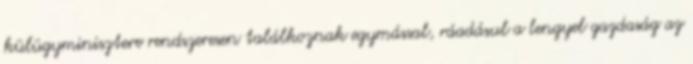
külügyminisztere rendszeresen találkoznak egymással, ráadásul a lengyel gazdaság az